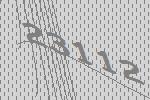
23112